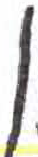
אות: ן